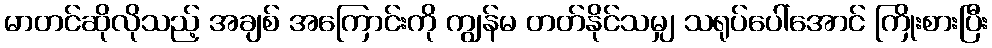
မာတင်ဆိုလိုသည့် အချစ် အကြောင်းကို ကျွန်မ တတ်နိုင်သမျှ သရုပ်ပေါ်အောင် ကြိုးစားပြီး